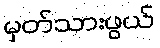
မှတ်သားဖွယ်